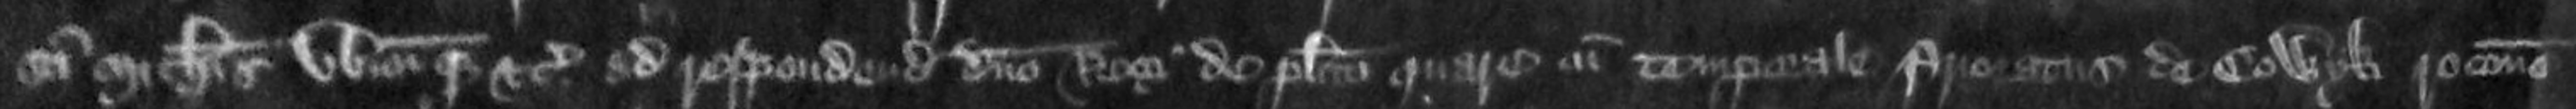
Sancti Michaelis ubicumque etc ad respondendum domino Rege de placito quare cum temporalia Prioratus de Colwyk ratione